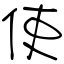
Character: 使